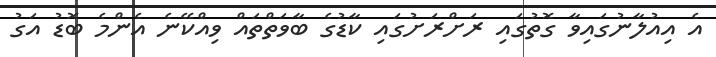
އެ އިއުލާނުގައިވާ ގޮތުގައި ރަށްރަށުގައި ކާޑުގެ ބާވަތްތައް ވިއްކޭނެ އެންމެ ބޮޑު އަގު